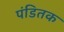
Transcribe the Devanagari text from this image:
पंडितक